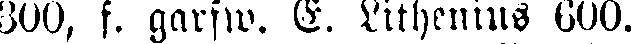
300, f. garfw. E. Lithenius 600.